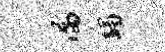
漏蠲